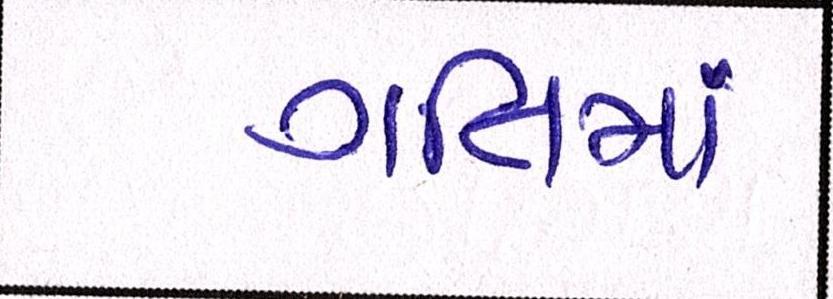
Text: ગતિમાં